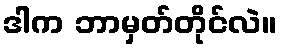
ဒါက ဘာမှတ်တိုင်လဲ။